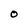
Character: O